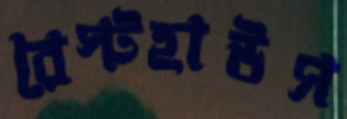
রেস্টহাউস